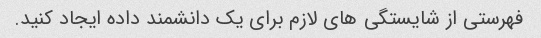
فهرستی از شایستگی های لازم برای یک دانشمند داده ایجاد کنید.